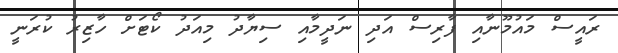
ރައީސް މައުމޫނާއި ފާރިސް އަދި ނަދީމާއި ސިޔާދު މިއަދު ކޯޓަށް ހާޒިރު ކުރަނީ